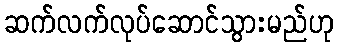
ဆက်လက်လုပ်ဆောင်သွားမည်ဟု